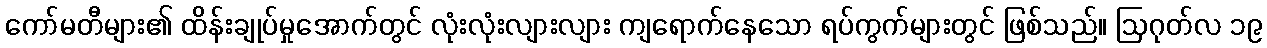
ကော်မတီများ၏ ထိန်းချုပ်မှုအောက်တွင် လုံးလုံးလျားလျား ကျရောက်နေသော ရပ်ကွက်များတွင် ဖြစ်သည်။ ဩဂုတ်လ ၁၉